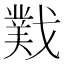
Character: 𫼆